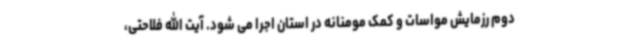
دوم رزمایش مواسات و کمک مومنانه در استان اجرا می شود. آیت الله فلاحتی،